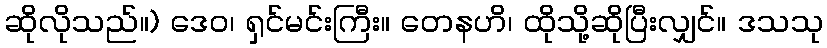
ဆိုလိုသည်။) ဒေဝ၊ ရှင်မင်းကြီး။ တေနဟိ၊ ထိုသို့ဆိုပြီးလျှင်။ ဒသသု